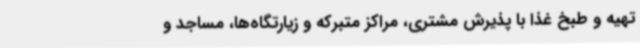
تهیه و طبخ غذا با پذیرش مشتری، مراکز متبرکه و زیارتگاه‌ها، مساجد و